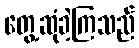
တွေ့ဆုံခဲ့ကြသည်